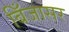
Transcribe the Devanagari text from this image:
बिँजासर